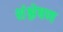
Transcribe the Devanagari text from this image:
शंश्लेषण